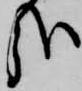
哉